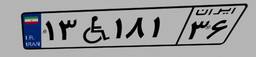
۱۳W۱۸۱۳۶